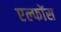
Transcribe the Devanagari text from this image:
एल्फोंस